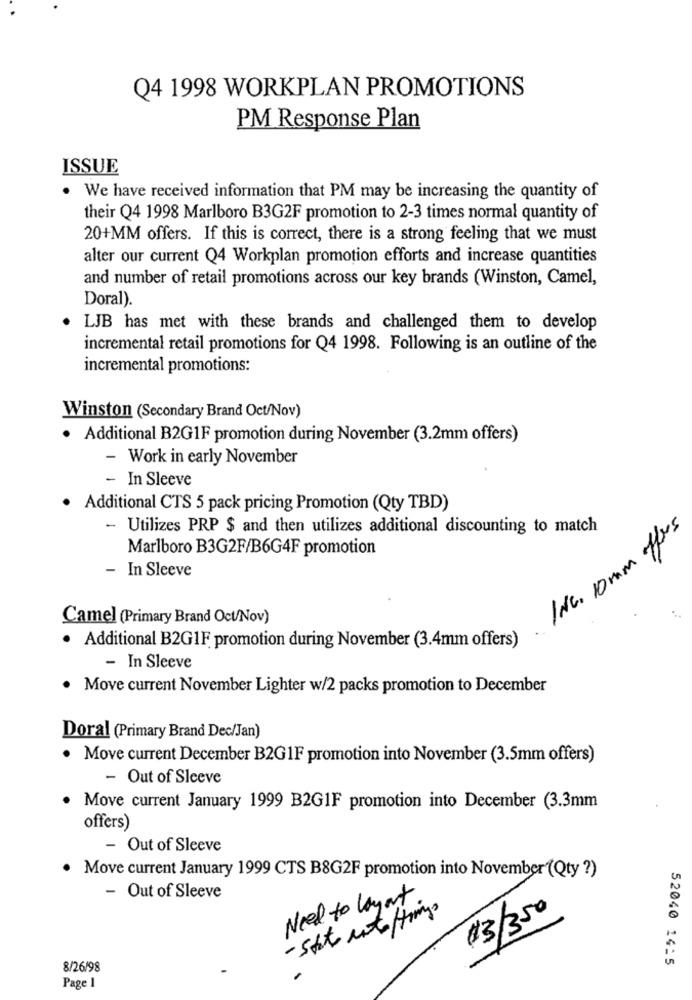
Q4 1998 WORKPLAN PROMOTIONS
PM Response Plan
ISSUE
We have received information that PM may be increasing the quantity of
their Q4 1998 Marlboro B3G2F promotion to 2-3 times normal quantity of
20+MM offers. If this is correct, there is a strong feeling that we must
alter our current Q4 Workplan promotion efforts and increase quantities
and number of retail promotions across our key brands (Winston, Camel,
Doral).
LJB has met with these brands and challenged them to develop
incremental retail promotions for Q4 1998. Following is an outline of the
incremental promotions:
Winston (Secondary Brand Oct/Nov)
· Additional B2G1F promotion during November (3.2mm offers)
- Work in early November
- In Sleeve
. Additional CTS 5 pack pricing Promotion (Qty TBD)
- Utilizes PRP $ and then utilizes additional discounting to match
INC. 10 mm offers
Marlboro B3G2F/B6G4F promotion
- In Sleeve
Camel (Primary Brand Oct/Nov)
· Additional B2G1F promotion during November (3.4mm offers)
- In Sleeve
Move current November Lighter w/2 packs promotion to December
Doral (Primary Brand Dec/Jan)
Move current December B2G1F promotion into November (3.5mm offers)
- Out of Sleeve
Move current January 1999 B2GIF promotion into December (3.3mm
offers)
- Out of Sleeve
Move current January 1999 CTS B8G2F promotion into November (Qty ?)
- Out of Sleeve
Need to layout
ch
#3/350
52040 14:5
8/26/98
Page 1